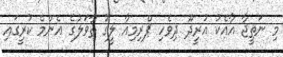
މިިި ނަތީޖާ އާއެކު އުރީދޫ ދިވެހި ޕްރިމިއާ ލީގު ތާވަލުގެ އެންމެ ކުރީގައި